Account of plague administration in the Bombay Presidency from September 1896 till May 1897
Year: 1896
Disease focus: Plague
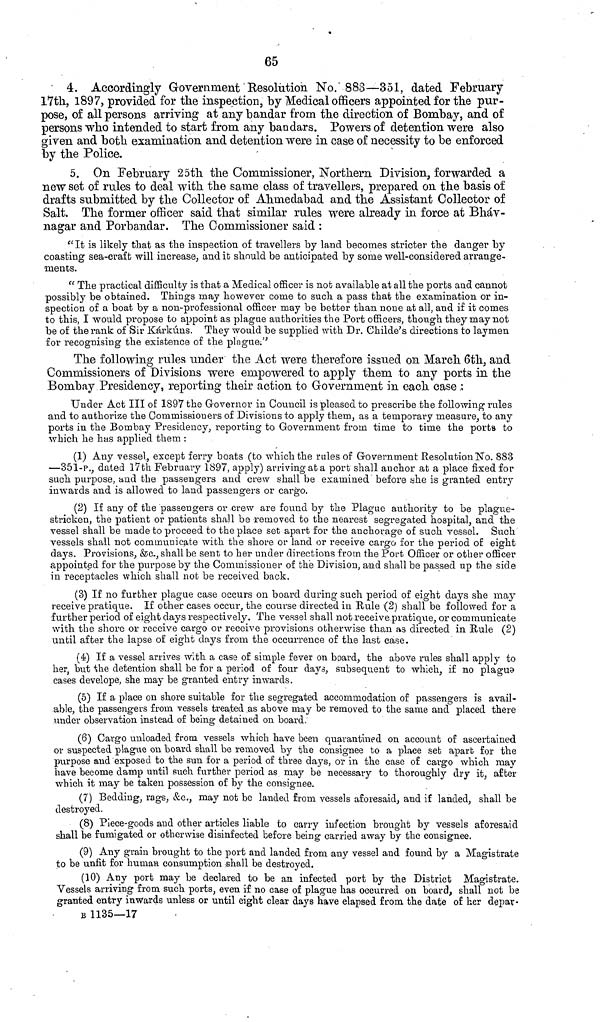
65
4. Accordingly Government Resolution No. 883—351, dated February
17th, 1897, provided for the inspection, by Medical officers appointed for the pur-
pose, of all persons arriving at any bandar from the direction of Bombay, and of
persons who intended to start from any bandars. Powers of detention were also
given and both examination and detention were in case of necessity to be enforced
by the Police,
5. On February 25th the Commissioner, Northern Division, forwarded a
new set of rules to deal with the same class of travellers, prepared on the basis of
drafts submitted by the Collector of Ahniedabad and the Assistant Collector of
Salt. The former officer said that similar rules were already in force at Bháv-
nagar and Porbandar. The Commissioner said :
"It is likely that as the inspection o£ travellers by land becomes stricter the danger by
coasting sea-craft will increase, and it should be anticipated by some well-considered arrange-
ments.
"The practical difficulty is that a Medical officer is not available at all the ports and cannot
possibly be obtained. Things may however come to such a pass that the examination or in-
spection of a boat by a non-professional officer may be better than none at all, and if it comes
to this, I would propose to appoint as plague authorities the Port officers, though they may not
be of the rank of Sir Kárkúns. They would be supplied with Dr. Childe's directions to laymen
for recognising the existence of the plague."
The following rules under the Act were therefore issued on March 6th, and
Commissioners of Divisions were empowered to apply them to any ports in the
Bombay Presidency, reporting their action to Government in each case :
Under Act III of 1897 the Governor in Council is pleased to prescribe the following rules
and to authorize the Commissioners of Divisions to apply them, as a temporary measure, to any
ports in the Bombay Presidency, reporting to Government from time to time the ports to
which he has applied them :
(1) Any vessel., except ferry boats (to which the rules of Government Resolution No. 883
—351-p., dated 17th February 1897, apply) arriving at a port shall anchor at a place fixed for
such purpose, and the passengers and crew shall be examined before she is granted entry
inwards and is allowed to land passengers or cargo.
(2) If any of the passengers or crew are found by the Plague authority to be plague-
stricken, the patient or patients shall be removed to the nearest segregated hospital, and the
vessel shall be made to proceed to the place set apart for the anchorage of such vessel. Such
vessels shall not communicate with the shore or land or receive cargo for the period of eight
days. Provisions, &c., shall be sent to her under directions from the Port Officer or other officer
appointed for the purpose by the Commissioner of the Division, and shall be passed up the side
in receptacles which shall not be received back.
(3) If no further plague case occurs on board during such period of eight days she may
receive pratique. If other cases occur, the course directed in Rule (2) shall be followed for a
further period of eight days respectively. The vessel shall not receive pratique, or communicate
with the shore or receive cargo or receive provisions otherwise than as directed in Rule (2)
until after the lapse of eight days from the occurrence of the last case.
(4) If a vessel arrives with a case of simple fever on board, the above rules shall apply to
her, but the detention shall be for a period of four days, subsequent to which, if no plague
cases develope, she may be granted entry inwards.
(5) If a place on shore suitable for the segregated accommodation of passengers is avail-
able, the passengers from vessels treated as above may be removed to the same and placed there
under observation instead of being detained on board.
(6) Cargo unloaded from vessels which have been quarantined on account of ascertained
or suspected plague on board shall be removed by the consignee to a place set aparb for the
purpose and exposed to the sun for a period of three days, or in the case of cargo which may
have become damp until such further period as may be necessary to thoroughly dry it, after
which it may be taken possession of by the consignee.
(7) Bedding, rags, &c., may not be landed from vessels aforesaid, and if landed, shall be
destroyed.
(8) Piece-goods aud other articles liable to carry infection brought by vessels aforesaid
shall be fumigated or otherwise disinfected before being carried away by the consignee.
(9) Any grain brought to the port and landed from any vessel and found by a Magistrate
to be unfit for human consumption shall be destroyed.
(10) Any port may be declared to be an infected port by the District Magistrate.
Vessels arriving from such ports, even if no case of plague has occurred on board, shall not be
granted entry inwards unless or until eight clear days have elapsed from the date of her depar-
Β 1135—17